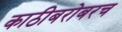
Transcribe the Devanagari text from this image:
काठीबरोबरच